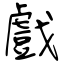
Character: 戲